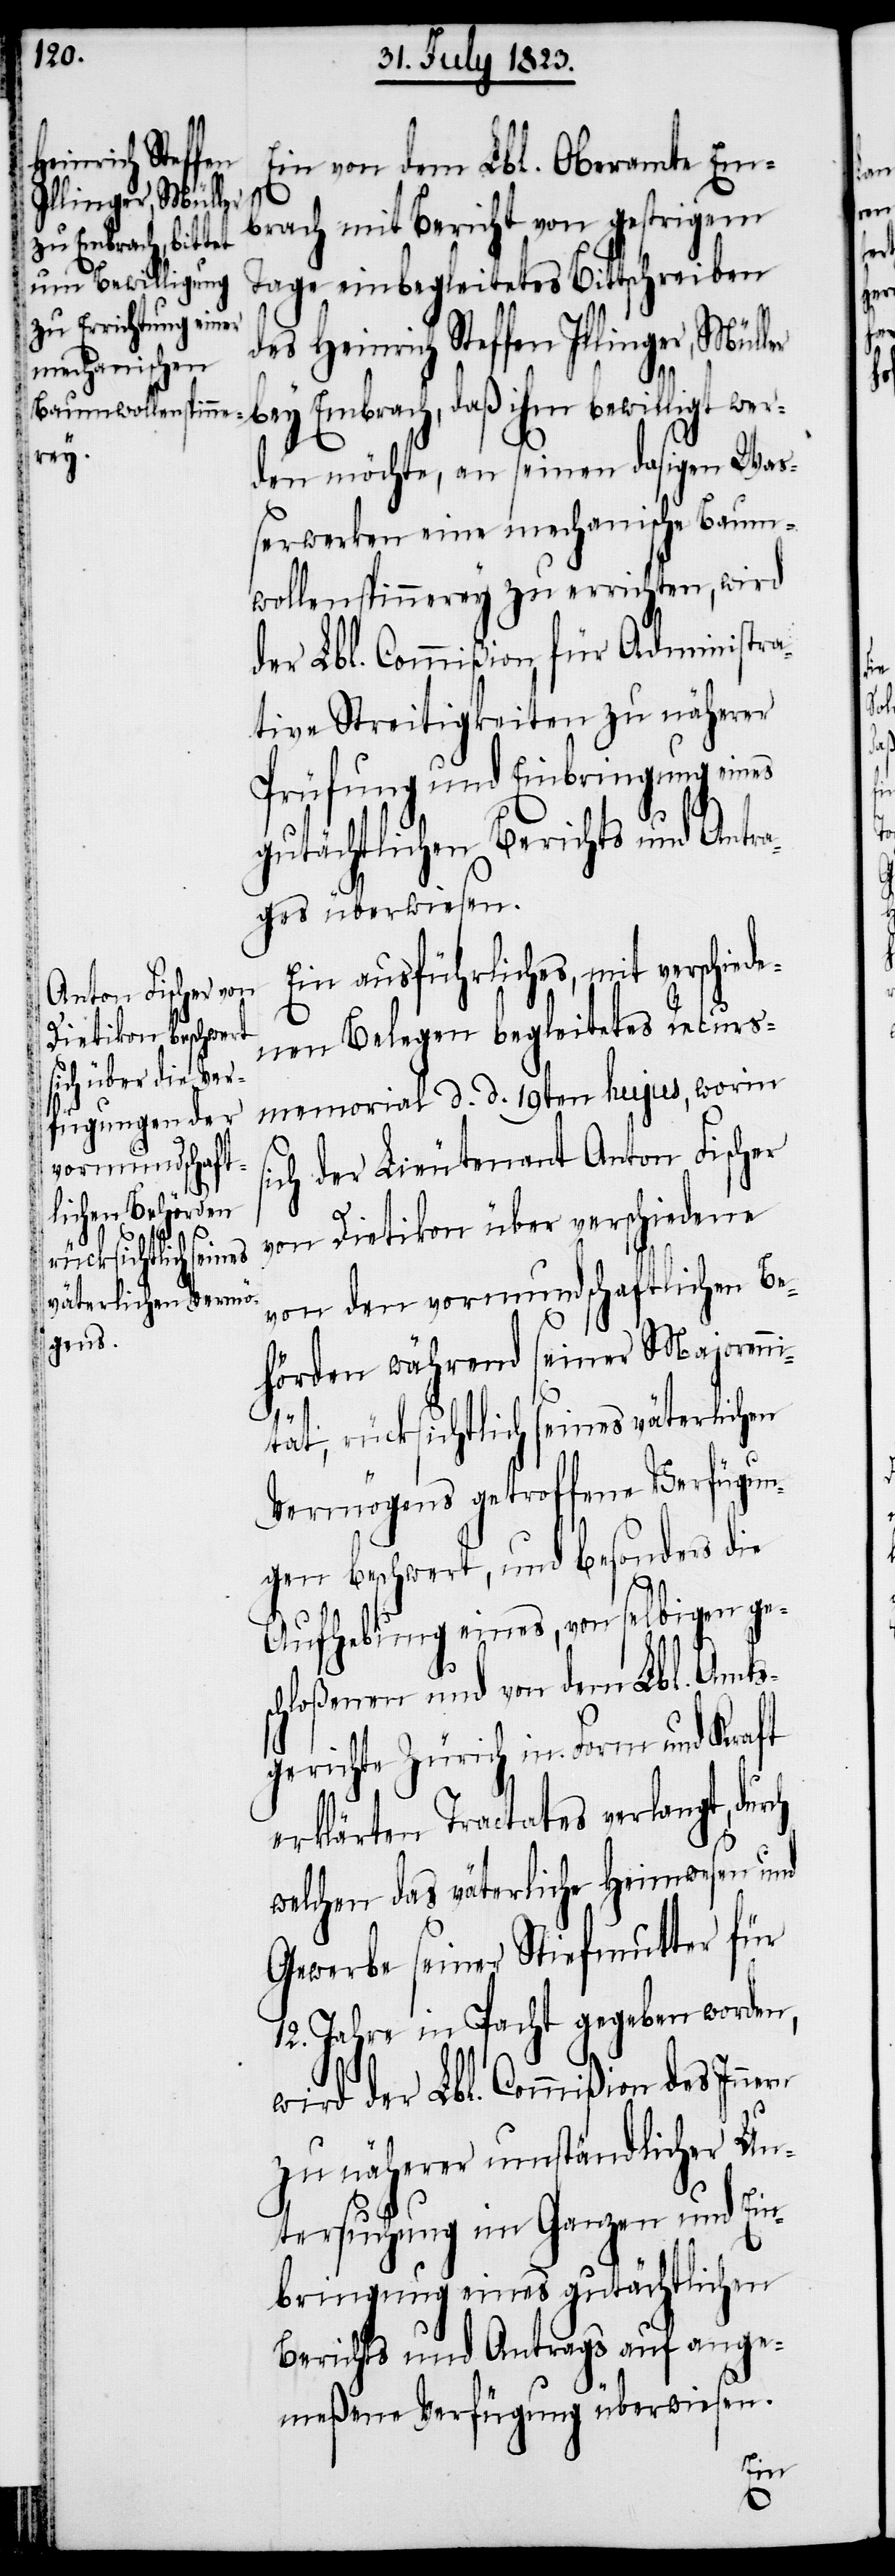
Ein von dem Lbl. Oberamte Em¬
brach mit Bericht von gestrigem
Tage einbegleitetes Bittschreiben
des Heinrich Steffen Illinger, Müller
bey Embrach, daß ihm bewilligt wer¬
den möchte, an seinen dasigen Wa¬
ßerwerken eine mechanische Baum¬
wollenspinnerey zu errichten, wird
der Lbl. Commißion für Administra¬
tive Streitigkeiten zu näherer
Prüfung und Einbringung eines
gutächtlichen Berichts und Antra¬
ges überwiesen.
s, mit verschiede¬
nen Belegen begleitetes Recurs¬
memorial d. d. 19ten hujus, worin
sich der Lieutenant Anton Fischer
von Dietikon über verschiedene
von den vormundschaftlichen Be¬
hörden während seiner Majorenn¬
ität, rücksichtlich seines väterlichen
Vermögens getroffene Verfügun¬
gen beschwert, und besonders die
Aufhebung eines, von selbigen ge¬
schloßenen und von dem Lbl. Amts¬
gerichte Zürich in Form und Kraft
erklärten Tractates verlangt, dur¬
welchen das väterliche Heimwesen und
Gewerbe seiner Stiefmutter für
12. Jahre in Pacht gegeben worden,
wird der Lbl. Commißion des Inne¬
zu näherer umständlicher Un¬
rn
tersuchung im Ganzen und Ein¬
bringung eines gutächtlichen
Berichts und Antrags auf ange¬
meßene Verfügung überwiesen.